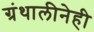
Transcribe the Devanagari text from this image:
ग्रंथालीनेही